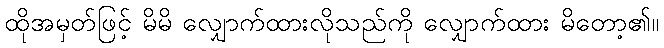
ထိုအမှတ်ဖြင့် မိမိ လျှောက်ထားလိုသည်ကို လျှောက်ထား မိတော့၏။